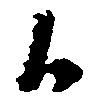
候